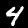
Label: 4